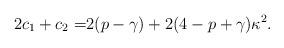
LaTeX: \begin{align*}2c_1+c_2=&2(p-\gamma)+2(4-p+\gamma)\kappa^2.\end{align*}